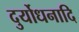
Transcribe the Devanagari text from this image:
दुर्योधनादि